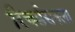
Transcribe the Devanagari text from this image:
रिचर्डसनला